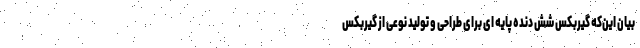
بیان این‌که گیربکس شش دنده پایه ای برای طراحی و تولید نوعی از گیربکس